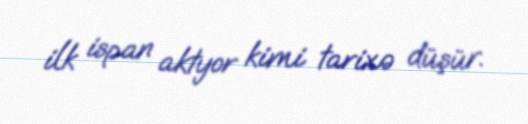
ilk ispan aktyor kimi tarixə düşür.